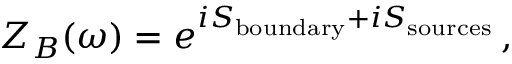
Z _ { B } ( \omega ) = e ^ { i S _ { \mathrm { b o u n d a r y } } + i S _ { \mathrm { s o u r c e s } } } \, ,